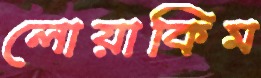
লোয়াকিম